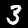
Digit: 3